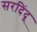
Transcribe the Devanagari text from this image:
सरदिंदू